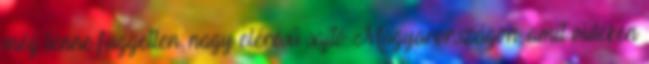
még lenne független, nagy elérésű sajtó Magyarországon, amit vidéken